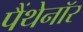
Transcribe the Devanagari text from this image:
पैंथेनॉर